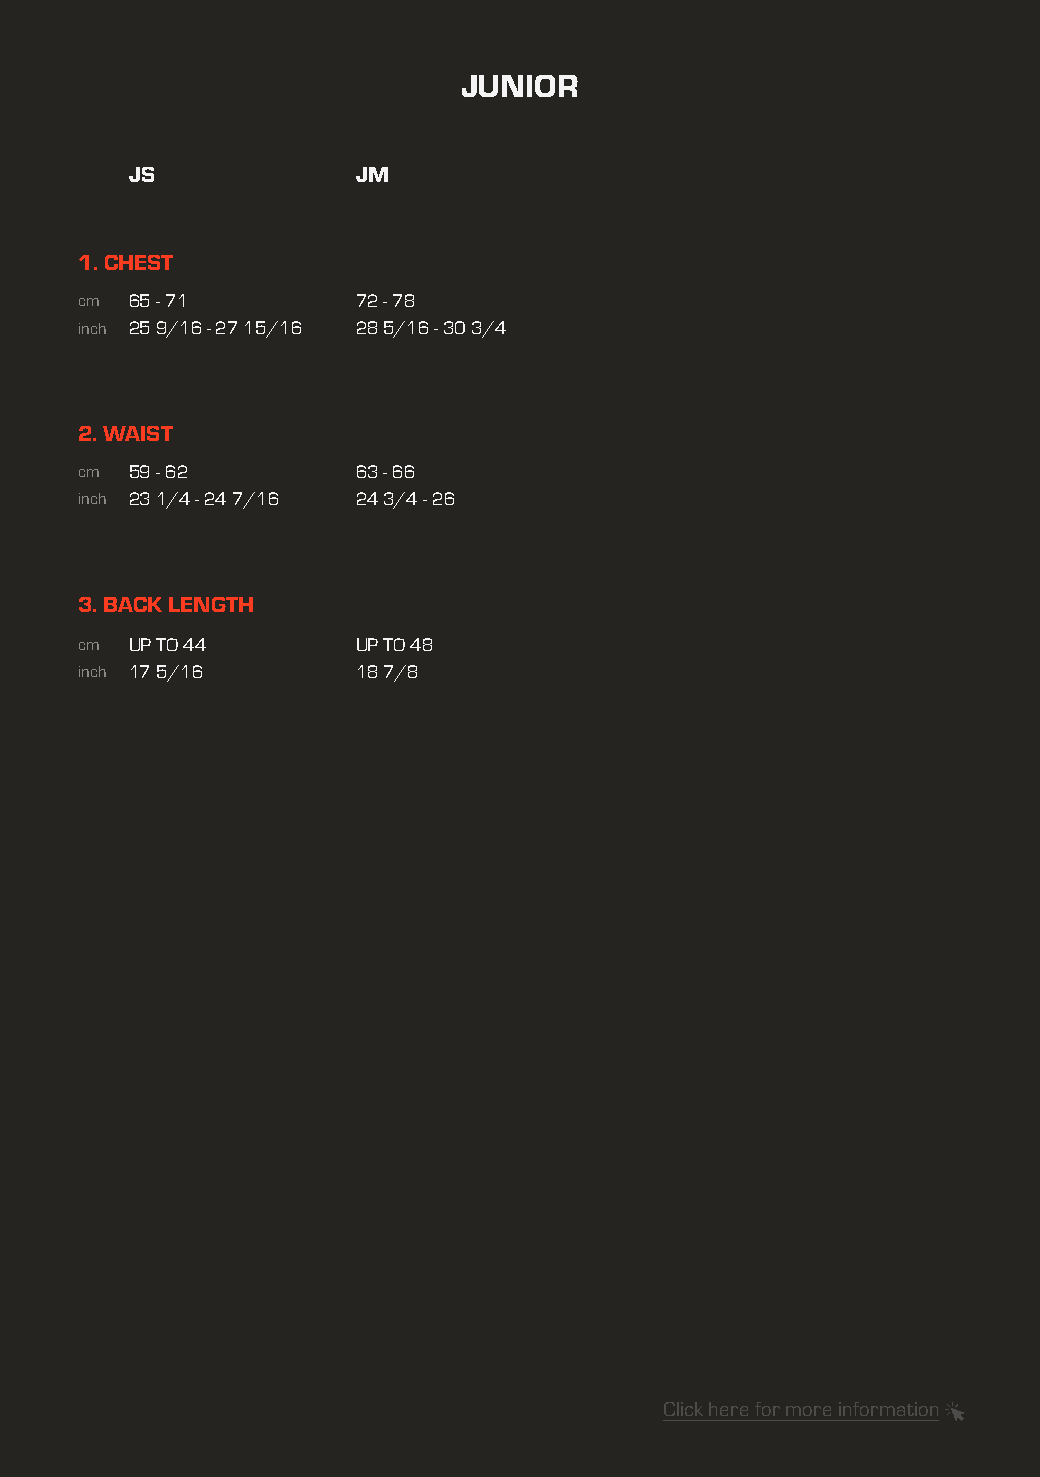
JUNIOR
 JS             JM
 1. CHEST
 cm  65 - 71        72 - 78
 inch 25 9/16 - 27 15/16 28 5/16 - 30 3/4
 2. WAIST
 cm  59 - 62        63 - 66
 inch 23 1/4 - 24 7/16 24 3/4 - 26
 3. BACK LENGTH
 cm  UP TO 44       UP TO 48
 inch 17 5/16       18 7/8
 Click here for more information